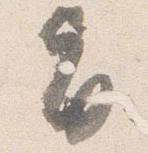
旨